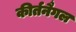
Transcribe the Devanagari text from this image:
कीर्तनैगल